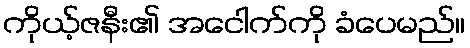
ကိုယ့်ဇနီး၏ အငေါက်ကို ခံပေမည်။